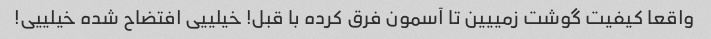
واقعا کیفیت گوشت زمییین تا آسمون فرق کرده با قبل! خیلییی افتضاح شده خیلییی!